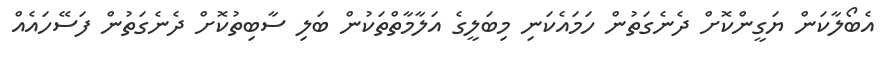
އެބޯލާކަން ޔަގީންކޮށް ދެނެގަތުން ހަމައެކަނި މިބަލީގެ އަލާމާތްތަކުން ބަލި ސާބިތުކޮށް ދެނެގަތުން ފަސޭހައެއް